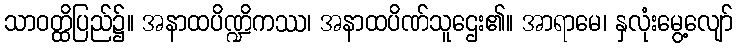
သာဝတ္ထိပြည်၌။ အနာထပိဏ္ဍိကဿ၊ အနာထပိဏ်သူဌေး၏။ အာရာမေ၊ နှလုံးမွေ့လျော်